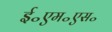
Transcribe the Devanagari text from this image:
ई॰एम॰एस॰